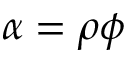
\alpha = \rho \phi